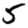
Digit: 5